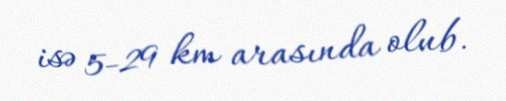
isə 5-29 km arasında olub.